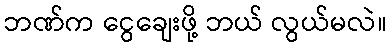
ဘဏ်က ငွေချေးဖို့ ဘယ် လွယ်မလဲ။